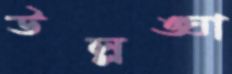
উল্লঙ্ঘা